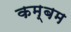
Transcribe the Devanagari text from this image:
कम्बम